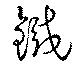
鐡